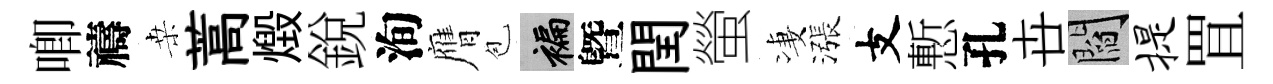
唧禱桒蒿燬銳洵膺苞褊曁閏螢凄漲支慙孔卋閻提罝